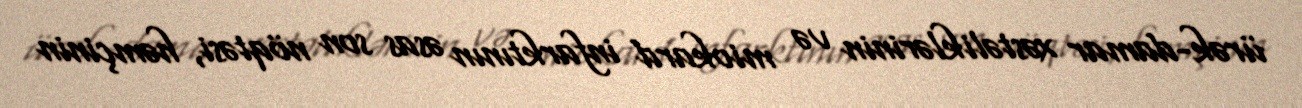
ürək-damar xəstəliklərinin və miokard infarktının əsas son nöqtəsi, həmçinin